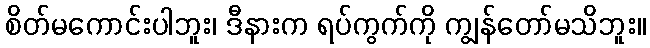
စိတ်မကောင်းပါဘူး၊ ဒီနားက ရပ်ကွက်ကို ကျွန်တော်မသိဘူး။